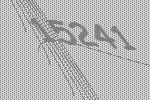
15241